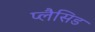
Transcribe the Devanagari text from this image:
प्लैसिड